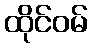
ထိုင်ဝမ်